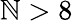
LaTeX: \mathbb{N}>8